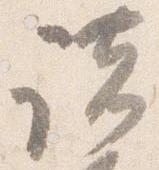
諸